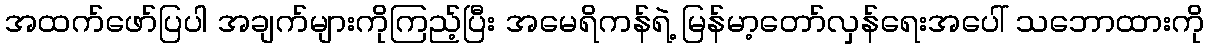
အထက်ဖော်ပြပါ အချက်များကိုကြည့်ပြီး အမေရိကန်ရဲ့ မြန်မာ့တော်လှန်ရေးအပေါ် သဘောထားကို